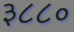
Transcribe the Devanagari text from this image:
३८८०